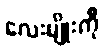
လေးမျိုးကို